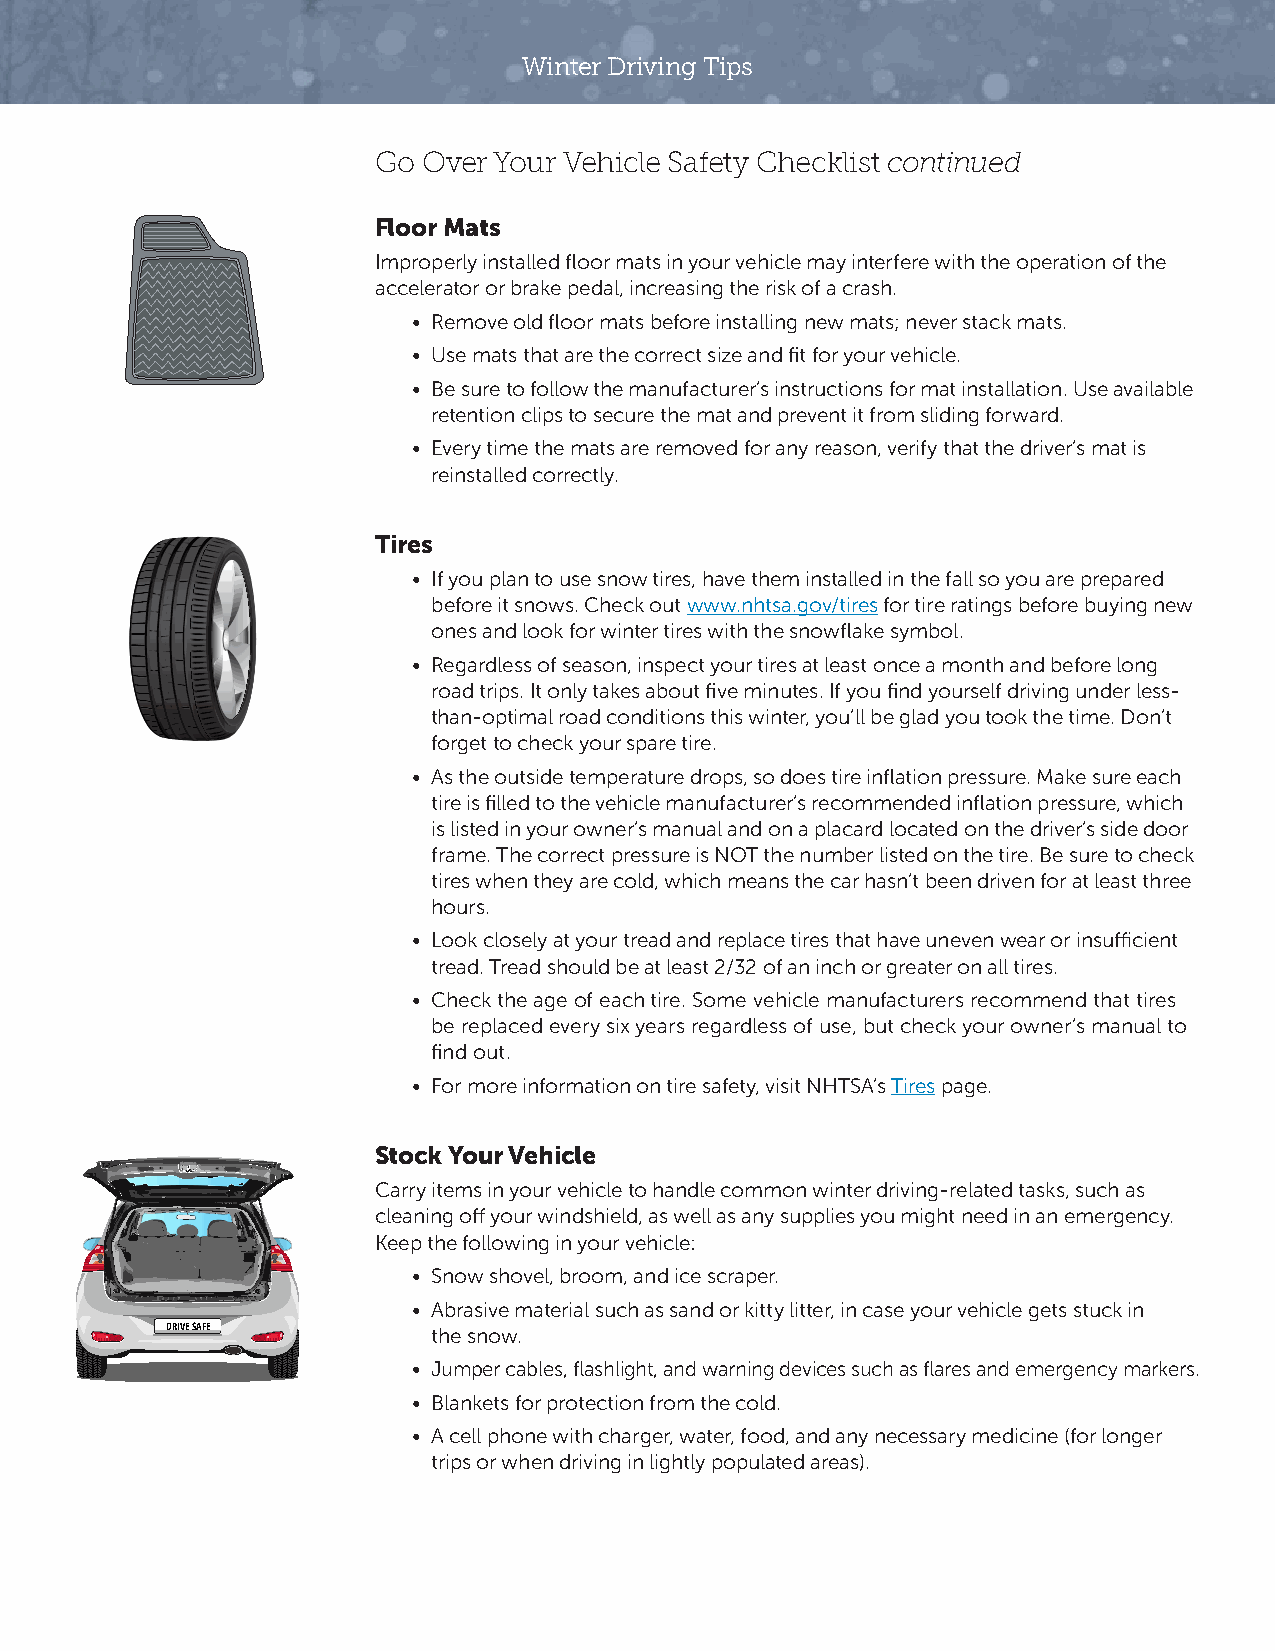
Winter Driving Tips
 Go Over Your Vehicle Safety Checklist continued
 Floor Mats
 Improperly installed floor mats in your vehicle may interfere with the operation of the
 accelerator or brake pedal, increasing the risk of a crash.
 • Remove old floor mats before installing new mats; never stack mats.
 • Use mats that are the correct size and fit for your vehicle.
 • Be sure to follow the manufacturer’s instructions for mat installation. Use available
 retention clips to secure the mat and prevent it from sliding forward.
 • Every time the mats are removed for any reason, verify that the driver’s mat is
 reinstalled correctly.
 Tires
 • If you plan to use snow tires, have them installed in the fall so you are prepared
 before it snows. Check out www.nhtsa.gov/tires for tire ratings before buying new
 ones and look for winter tires with the snowflake symbol.
 • Regardless of season, inspect your tires at least once a month and before long
 road trips. It only takes about five minutes. If you find yourself driving under less-
 than-optimal road conditions this winter, you’ll be glad you took the time. Don’t
 forget to check your spare tire.
 • As the outside temperature drops, so does tire inflation pressure. Make sure each
 tire is filled to the vehicle manufacturer’s recommended inflation pressure, which
 is listed in your owner’s manual and on a placard located on the driver’s side door
 frame. The correct pressure is NOT the number listed on the tire. Be sure to check
 tires when they are cold, which means the car hasn’t been driven for at least three
 hours.
 • Look closely at your tread and replace tires that have uneven wear or insufficient
 tread. Tread should be at least 2/32 of an inch or greater on all tires.
 • Check the age of each tire. Some vehicle manufacturers recommend that tires
 be replaced every six years regardless of use, but check your owner’s manual to
 find out.
 • For more information on tire safety, visit NHTSA’s Tires page.
 Stock Your Vehicle
 Carry items in your vehicle to handle common winter driving-related tasks, such as
 cleaning off your windshield, as well as any supplies you might need in an emergency.
 Keep the following in your vehicle:
 • Snow shovel, broom, and ice scraper.
 • Abrasive material such as sand or kitty litter, in case your vehicle gets stuck in
 DRIVE SAFE        the snow.
 • Jumper cables, flashlight, and warning devices such as flares and emergency markers.
 • Blankets for protection from the cold.
 • A cell phone with charger, water, food, and any necessary medicine (for longer
 trips or when driving in lightly populated areas).